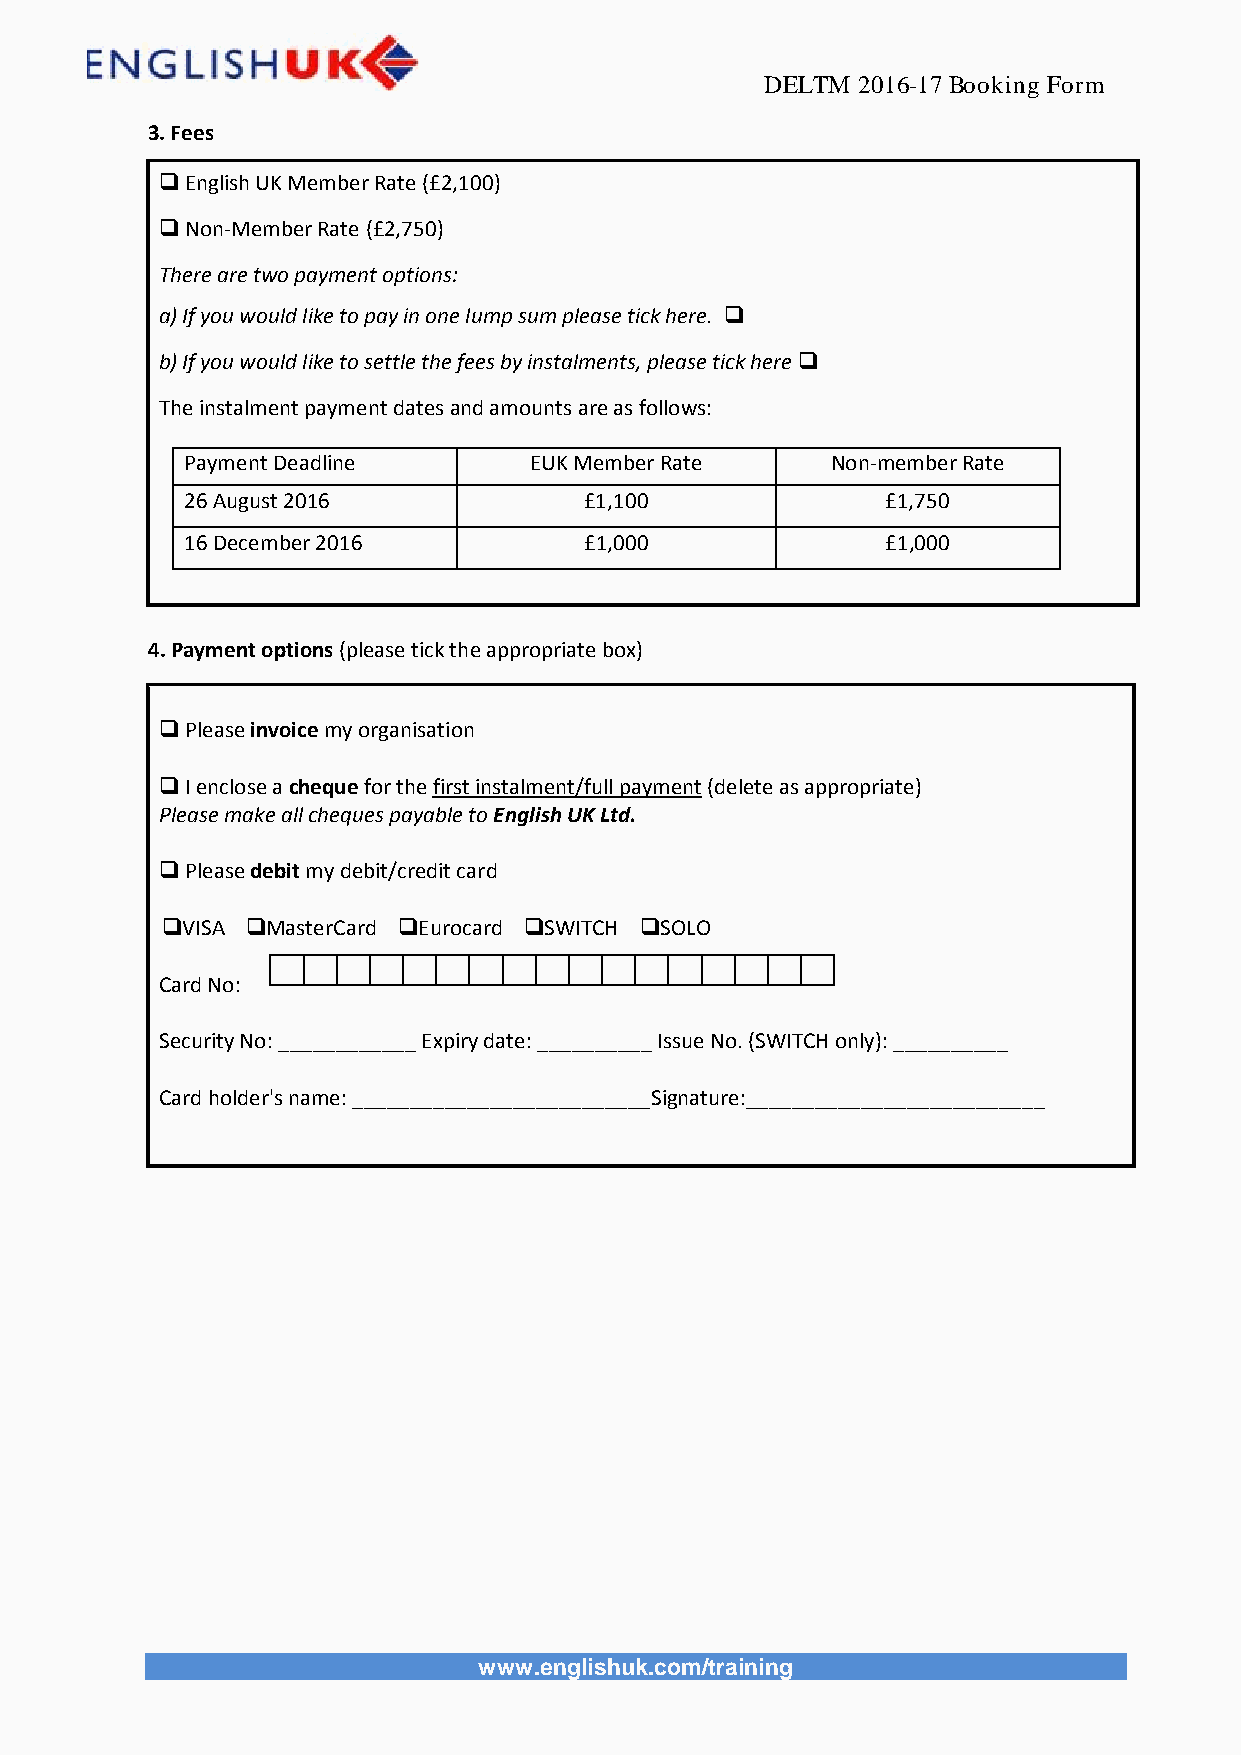
DELTM 2016-17 Booking Form
 3. Fees
  English UK Member Rate (£2,100)
  Non-Member Rate (£2,750)
 There are two payment options:
 a) If you would like to pay in one lump sum please tick here. 
 b) If you would like to settle the fees by instalments, please tick here 
 The instalment payment dates and amounts are as follows:
 Payment Deadline       EUK Member Rate     Non-member Rate
 26 August 2016             £1,100              £1,750
 16 December 2016           £1,000              £1,000
 4. Payment options (please tick the appropriate box)
  Please invoice my organisation
  I enclose a cheque for the first instalment/full payment (delete as appropriate)
 Please make all cheques payable to English UK Ltd.
  Please debit my debit/credit card
 VISA MasterCard Eurocard SWITCH SOLO
 Card No:
 Security No: ____________ Expiry date: __________ Issue No. (SWITCH only): __________
 Card holder's name: __________________________Signature:__________________________
 www.englishuk.com/training